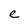
Character: e